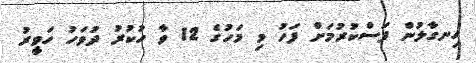
ހިނގާލުން ފަސްކުރުމަށް ފަހު މި މަހުގެ 12 ވާ ހުކުރު ދުވަހު ހަވީރު